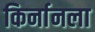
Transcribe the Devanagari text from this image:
किर्नानला